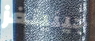
جينينغز